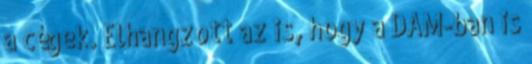
a cégek. Elhangzott az is, hogy a DAM-ban is